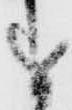
す